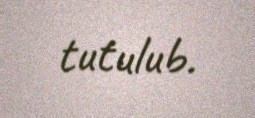
tutulub.